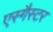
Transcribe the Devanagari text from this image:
एस्गैस्टर